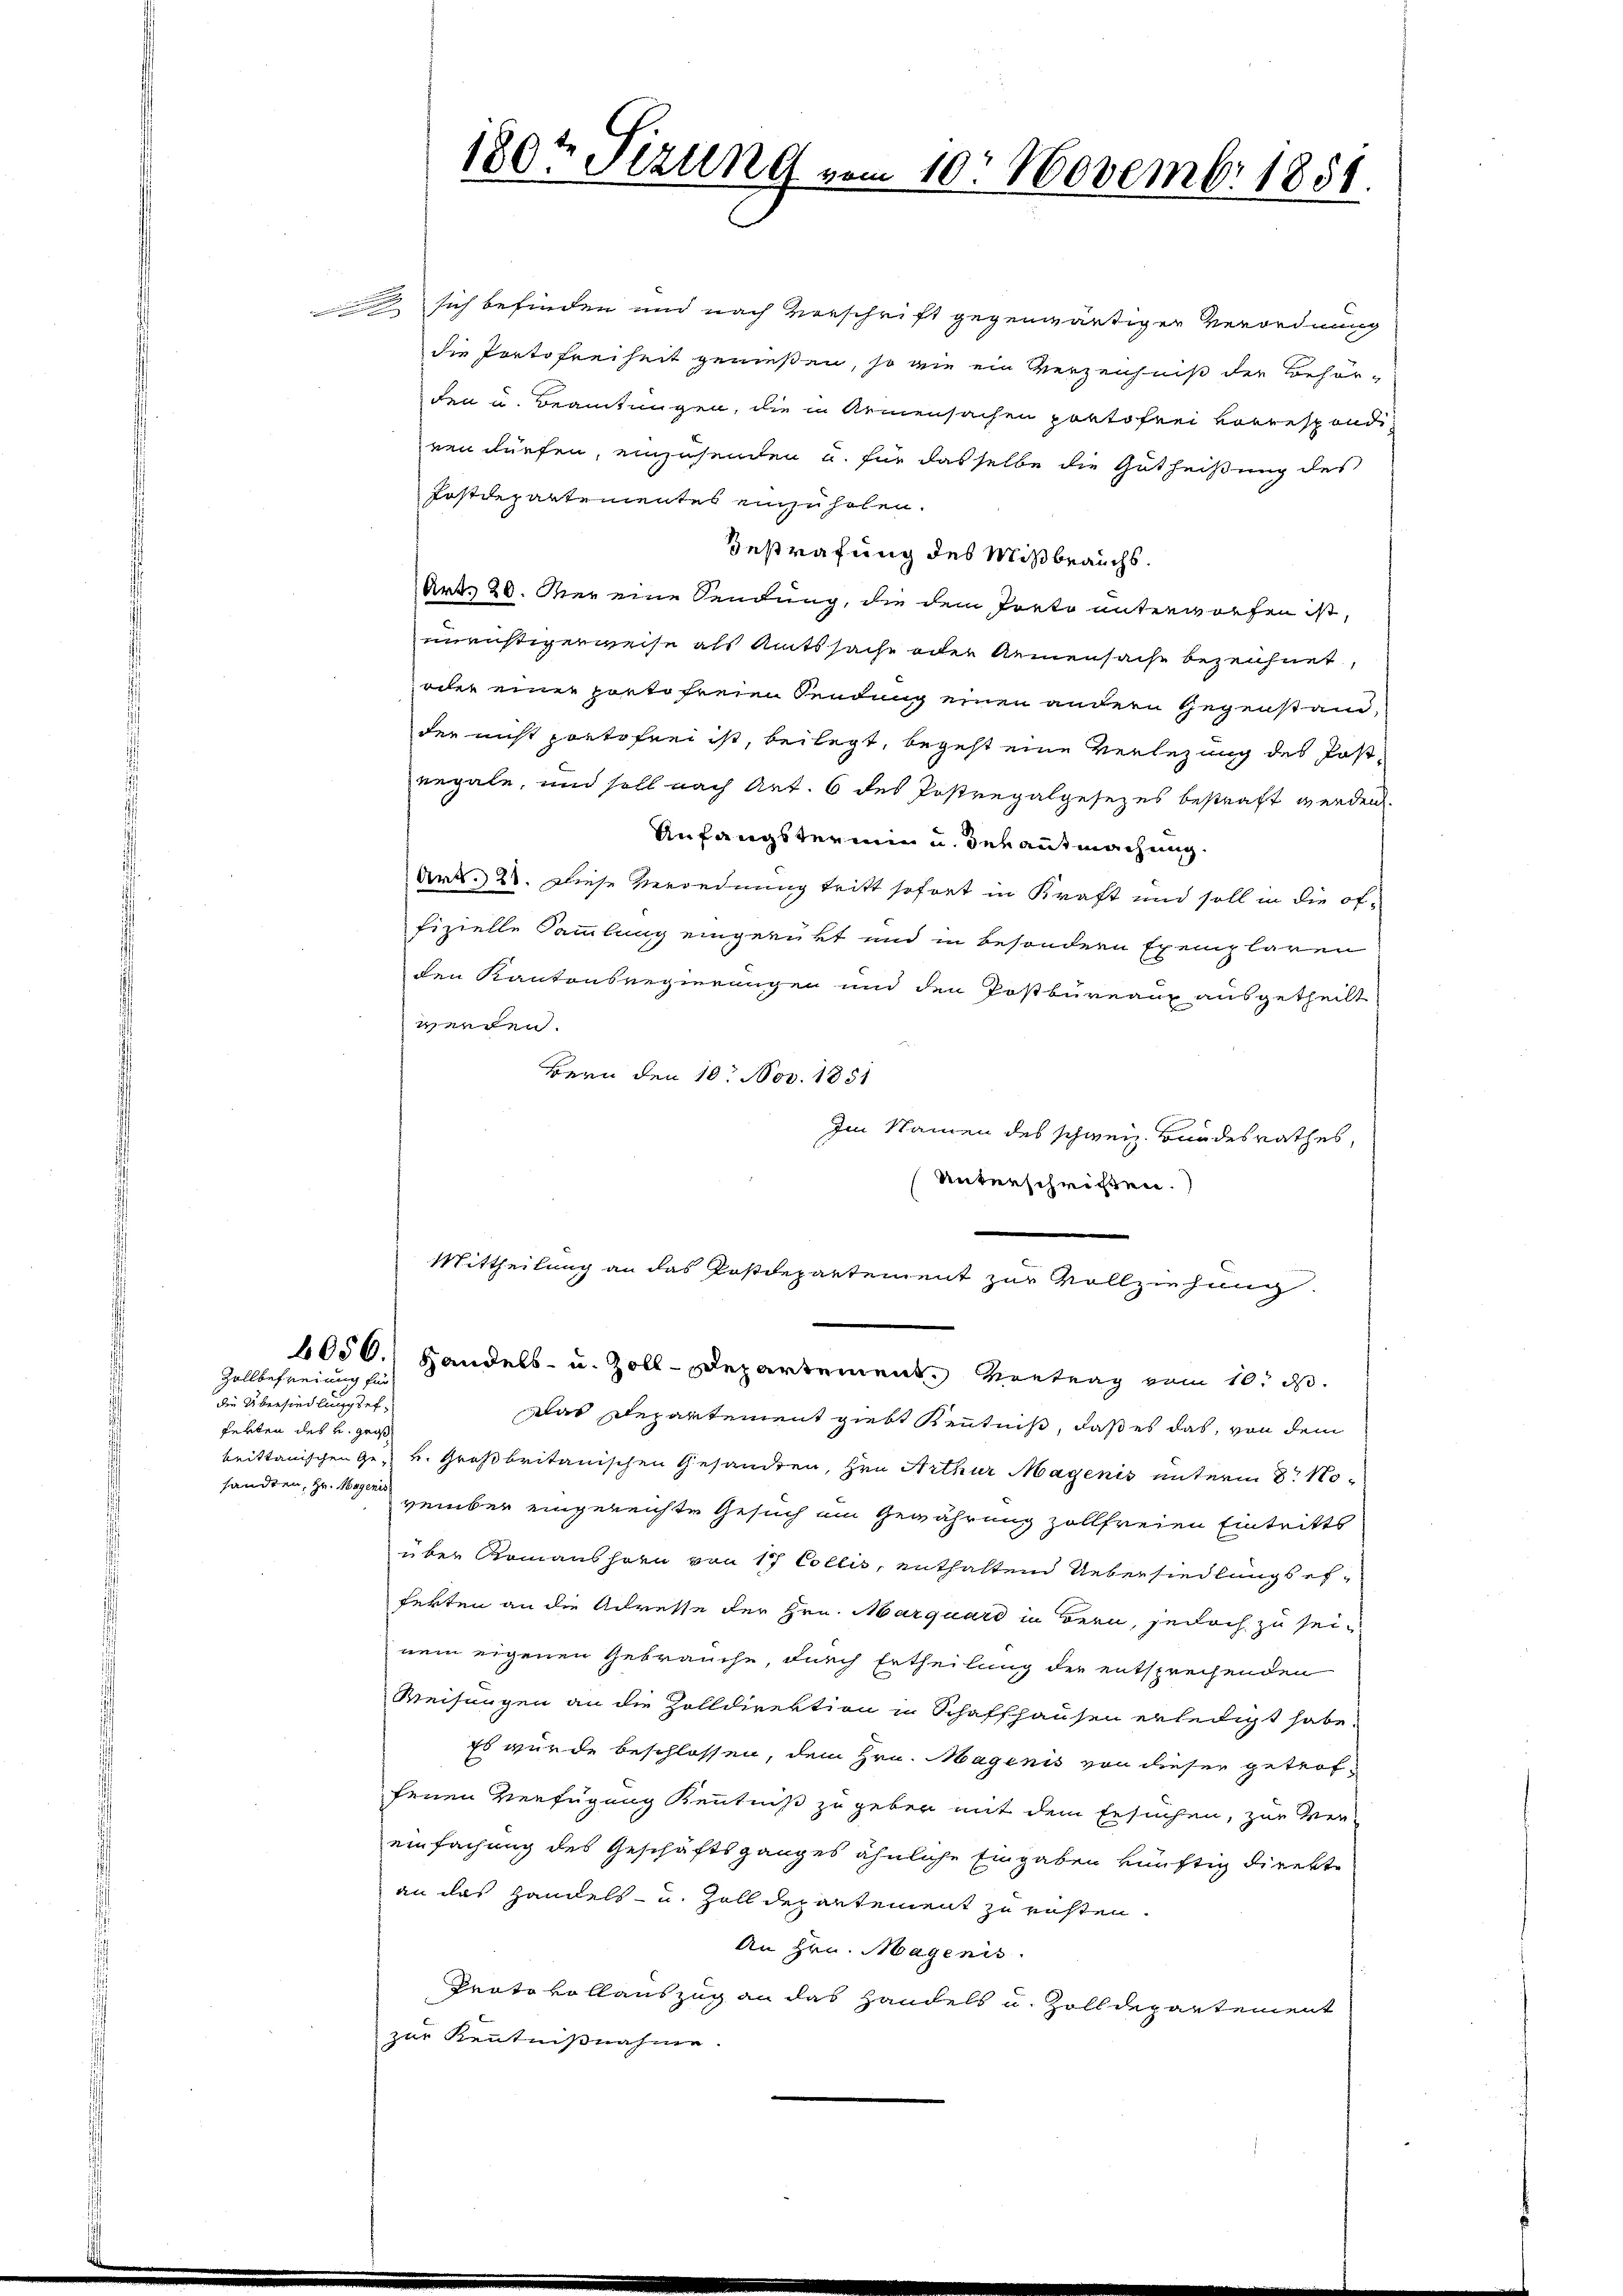
Zollbefreiung für
die Übersiedlungset.
ferten des u. groß
sandten, Hr. Magenis

180t Sizung vom 10. Novembr 1881.

sich befinden und nach Verschrift gegenwärtiger Verordnung
die Portofreiheit genießen, so wie ein Verzeichniß der Behör-
den u. Beamtungen, die in Armensachen portofrei vorrespondi
ren dürfen, einzusenden u. für dasselbe die Gutheißung des
Fostdepartementes einzuholen.
Gestrafung des Mißbrauchs.
Art. 20. Der eine Sendung, die dem Porto unterworfen ist,
unrüstigerweise als Amtssache oder Armensache bezeichnet,
oder einer portofreien Sendung einen andern Gegenstandder nicht portofrei ist, beilegt, begeht eine Verlegung des Postregale, und soll nach Art. 6 des Postregalgesezes bestraft werden
Anfangstermin u. der ausmachung.
Art. 28. Diese Verordnung tritt sofort in Kraft und soll in die offizielle Sammlung eingerückt und in besondern Exemplaren
den Kantonsregierungen und den Postbüreaux ausgetheilt
werden.
Bern den 10. Nov. 1851
Im Namen des schweiz. Bundesrathes,
Unterschriften.
Mittheilung an das Postdepartement zur Vollziehung.
4050.) Handels- u. Zoll-Departement Vortrag vom 10. d.
dar Departement giebt Kenntniß, daß es das, von dem
brittanischen Ge- u. Großbritanischen Gesandten, Hrn. Arthur Magenis unterm 8. November eingereichte Gesuch im Gewährung zollfreien Eintritts
über Romanshorn von 17 Collis, enthaltend Uebersiedlungs efferten an die Adresse der Hrn. Marquard in Bern, jedoch zu sei-
nem eigenen Gebrauche, durch Ertheilung der entsprechenden
Weisungen an die Zolldirektion in Schaffhausen erledigt habe.
Es wurde beschlossen, dem Hrn. Magenis von dieser getroffenen Verfügung Kenntniß zu geben mit dem Ersuchen, zur Ver-
einfachung des Geschäftsganges ähnliche Eingaben künftig direkte
an das Handels- u. Zolldepartement zu rüsten.
An Hrn. Magenis
Prato vollauszug an das Handels u. Zolldepartement
zur Kenntnißnahme.